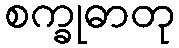
စက္ခုဓာတု